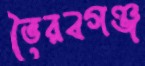
ভৈরবগঞ্জ